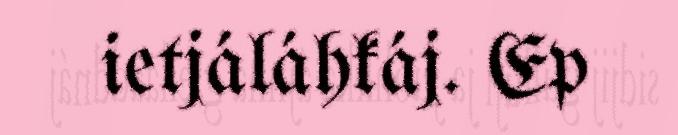
ietjáláhkáj. Ep